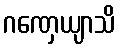
ဂဏှေယျာသိ